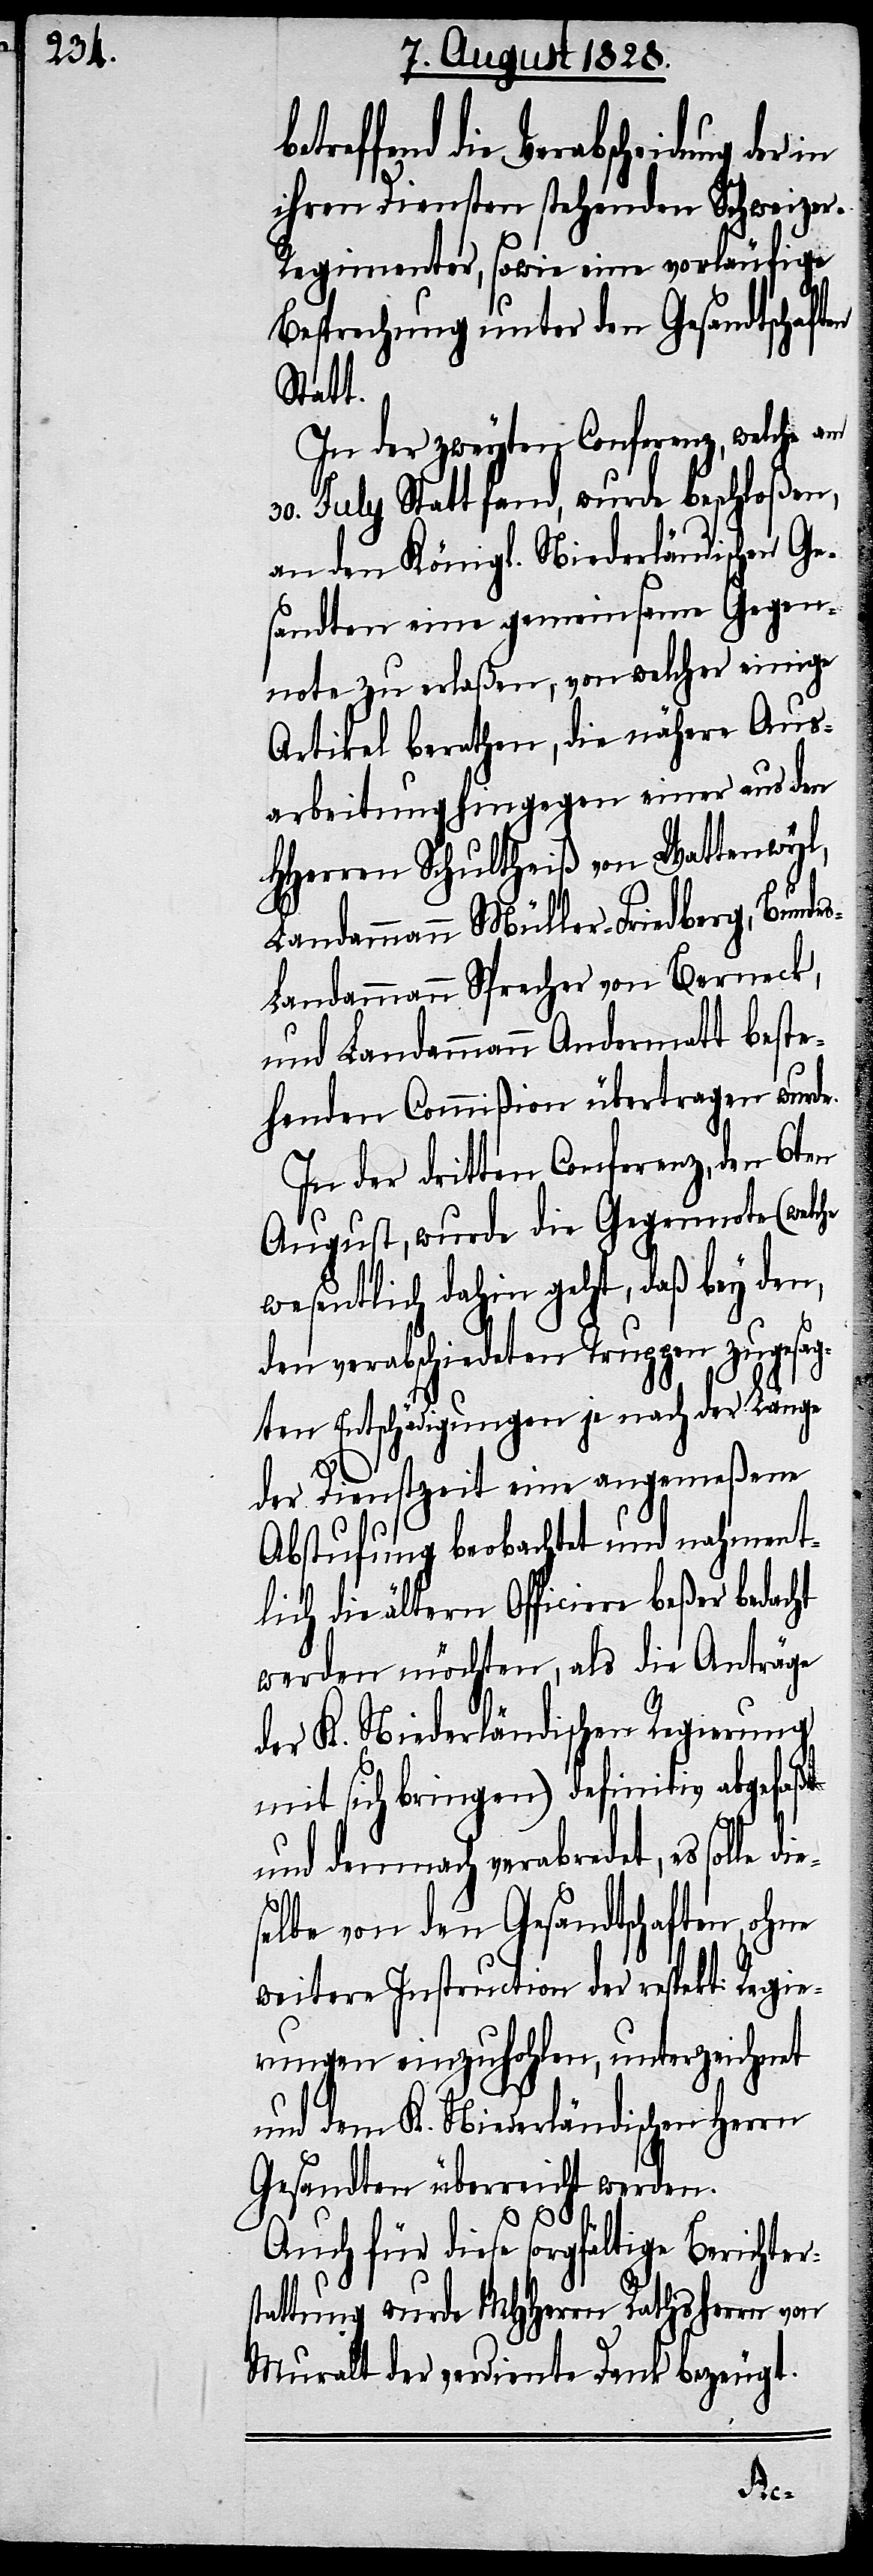
treffend die Verabscheidung der
ihren Diensten stehenden Schweize¬
r-Regimenter, sowie eine vorläufige
Besprechung unter den Gesandtschaften
Statt.
In der zweyten Conferenz, welche am
30. July Statt fand, wurde beschloßen,
an den Königl. Niederländischen Ge¬
sandten eine gemeinsame Gegen¬
note zu erlaßen, von welcher einige
Artikel berathen, die nähere Aus¬
arbeitung hingegen einer aus den
HHerren Schultheiß von Wattenwyl,
Landammann Müller-Friedberg, Bunde¬
s-Landammann Sprecher von Berneck,
und Landammann Andermatt beste¬
henden Commißion übertragen wurde.
In der dritten Conferenz, den 6ten
August, wurde die Gegennote (welche
wesentlich dahin geht, daß bey den,
den verabschiedeten Truppen zugesag¬
ten Entschädigungen je nach der Länge
der Dienstzeit eine angemeßene
Abstufung beobachtet und nahment¬
lich die ältern Officiere beßer bedacht
werden möchten, als die Anträge
der K. Niederländischen Regierung
mit sich bringen) definitiv abgefaßt
und demnach verabredet, es solle
selbe von den Gesandtschaften, ohne
weitere Instruction der respekt. Regie¬
rungen einzuhohlen, unterzeichnet
und dem K. Niederländischen Herrn
Gesandten überreicht werden.
Auch für diese sorgfältige Berichter¬
tattung wurde MHHerrn Rathsherrn von
Muralt der verdiente Dank bezeugt.
s¬